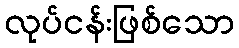
လုပ်ငန်းဖြစ်သော